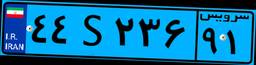
۴۴S۲۳۶۹۱